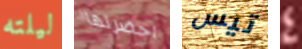
ليلته احضرتها تيس 4